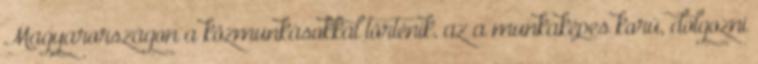
Magyarországon a közmunkásokkal történik, az a munkaképes korú, dolgozni